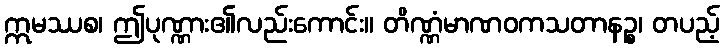
ဣမဿစ၊ ဤပုဏ္ဏား၏လည်းကောင်း။ တိဏ္ဏံမာဏဝကသတာနဉ္စ၊ တပည့်